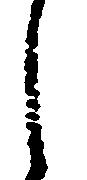
し